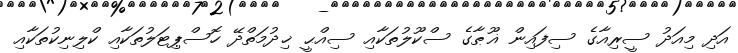
އަދި މިއަދު ސީރިއާގެ ސިފައިން ޣޫޠާގެ ސްކޫލުތަކާއި ސިއްޙީ ޚިދުމަތްދޭ ހޮސްޕިޓަލުތަކާއި ކްލިނިކުތަކާއި